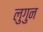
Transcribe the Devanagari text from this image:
लुगुन